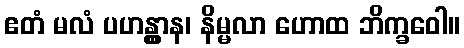
ဧတံ မလံ ပဟန္တွာန၊ နိမ္မလာ ဟောထ ဘိက္ခဝေါ။